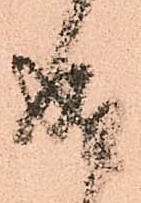
成